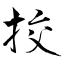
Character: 挍